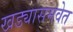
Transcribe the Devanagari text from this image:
खड्यासमवेत